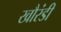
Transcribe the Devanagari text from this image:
खौरंडी